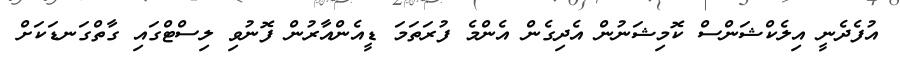
އުފެދެނީ އިލެކްޝަންސް ކޮމިޝަނުން އެދިގެން އެންމެ ފުރަތަމަ ޑީއެންއާރުން ފޮނުވި ލިސްޓްގައި ގާތްގަނޑަކަށް